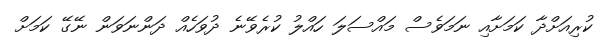
ކުރިއަށްދާ ކަމަށާއި ނަމަވެސް މައްސަލަ ހައްލު ކުރެވޭނެ ދުވަހެއް ދަންނަވަން ނޭގޭ ކަމަށް